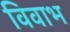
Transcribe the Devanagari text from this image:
विवाभ